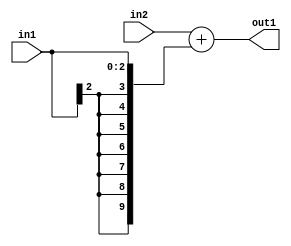
`timescale 1ps / 1ps
/*****************************************************************************
    Verilog RTL Description
    
    
    Created by: Stratus DpOpt 2019.1.01 
*******************************************************************************/

module DC_Filter_Add_8Ux3S_10S_4 (
	in2,
	in1,
	out1
	); /* architecture "behavioural" */ 
input [7:0] in2;
input [2:0] in1;
output [9:0] out1;
wire [9:0] asc001;

assign asc001 = 
	+(in2)
	+({{7{in1[2]}}, in1});

assign out1 = asc001;
endmodule

/* CADENCE  ubH0SQE= : u9/ySgnWtBlWxVPRXgAZ4Og= ** DO NOT EDIT THIS LINE ******/